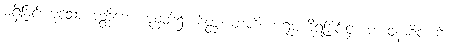
မရှိခြင်းဟူသော နတ္ထိဘောပညတ်၌။ စိတ္တံ၊ တတိယာရုပ္ပကိုရခြင်းငှာ ဘာဝနာစိတ်ကို။